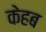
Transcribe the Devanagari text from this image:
केहब